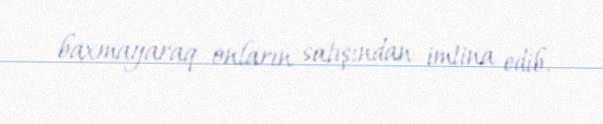
baxmayaraq onların satışından imtina edib.